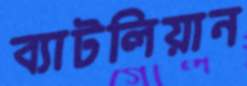
ব্যাটলিয়ান